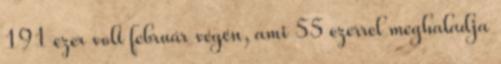
191 ezer volt február végén, ami 55 ezerrel meghaladja